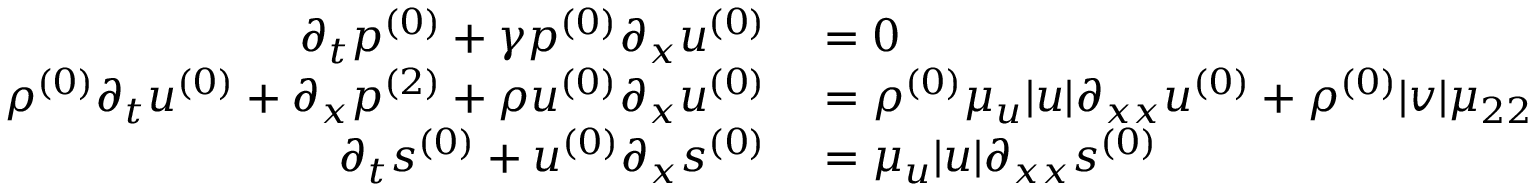
\begin{array} { r l } { \partial _ { t } \ensuremath { p ^ { ( 0 ) } } + \gamma \ensuremath { p ^ { ( 0 ) } } \partial _ { x } \ensuremath { u ^ { ( 0 ) } } } & { { } = 0 } \\ { \ensuremath { \rho ^ { ( 0 ) } } \partial _ { t } \ensuremath { u ^ { ( 0 ) } } + \partial _ { x } \ensuremath { p ^ { ( 2 ) } } + \ensuremath { \rho u ^ { ( 0 ) } } \partial _ { x } \ensuremath { u ^ { ( 0 ) } } } & { { } = \ensuremath { \rho ^ { ( 0 ) } } \mu _ { u } | u | \partial _ { x x } \ensuremath { u ^ { ( 0 ) } } + \ensuremath { \rho ^ { ( 0 ) } } | v | \mu _ { 2 2 } \partial _ { x x } \ensuremath { u ^ { ( 0 ) } } } \\ { \partial _ { t } \ensuremath { s ^ { ( 0 ) } } + \ensuremath { u ^ { ( 0 ) } } \partial _ { x } \ensuremath { s ^ { ( 0 ) } } } & { { } = \mu _ { u } | u | \partial _ { x x } \ensuremath { s ^ { ( 0 ) } } } \end{array}